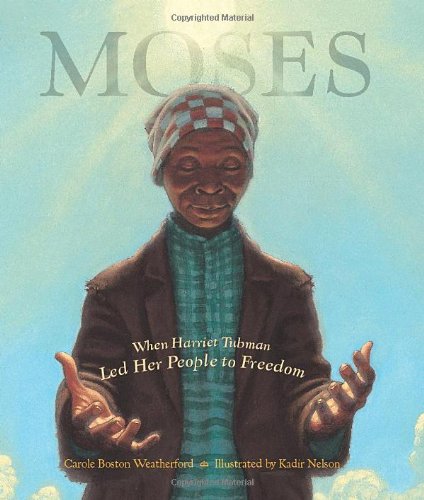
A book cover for Moses: When Harriet Tubman Led Her People to Freedom (Caldecott Honor Book); Carole Boston Weatherford; Children's Books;